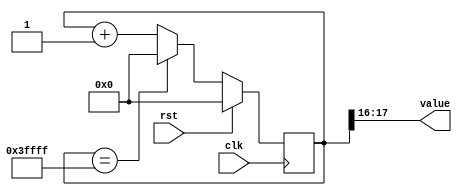
/*
   This file was generated automatically by Alchitry Labs version 1.2.7.
   Do not edit this file directly. Instead edit the original Lucid source.
   This is a temporary file and any changes made to it will be destroyed.
*/

/*
   Parameters:
     SIZE = DIGIT_BITS
     DIV = DIV
     TOP = DIGITS-1
     UP = 1
*/
module counter_18 (
    input clk,
    input rst,
    output reg [1:0] value
  );
  
  localparam SIZE = 2'h2;
  localparam DIV = 5'h10;
  localparam TOP = 4'h3;
  localparam UP = 1'h1;
  
  
  reg [17:0] M_ctr_d, M_ctr_q = 1'h0;
  
  localparam MAX_VALUE = 20'h3ffff;
  
  always @* begin
    M_ctr_d = M_ctr_q;
    
    value = M_ctr_q[16+1-:2];
    if (1'h1) begin
      M_ctr_d = M_ctr_q + 1'h1;
      if (1'h1 && M_ctr_q == 20'h3ffff) begin
        M_ctr_d = 1'h0;
      end
    end else begin
      M_ctr_d = M_ctr_q - 1'h1;
      if (1'h1 && M_ctr_q == 1'h0) begin
        M_ctr_d = 20'h3ffff;
      end
    end
  end
  
  always @(posedge clk) begin
    if (rst == 1'b1) begin
      M_ctr_q <= 1'h0;
    end else begin
      M_ctr_q <= M_ctr_d;
    end
  end
  
endmodule